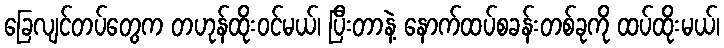
ခြေလျင်တပ်တွေက တဟုန်ထိုးဝင်မယ်၊ ပြီးတာနဲ့ နောက်ထပ်စခန်းတစ်ခုကို ထပ်ထိုးမယ်၊